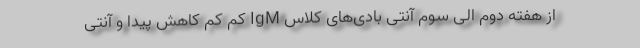
از هفته دوم الی سوم آنتی بادی‌های کلاس IgM کم کم کاهش پیدا و آنتی